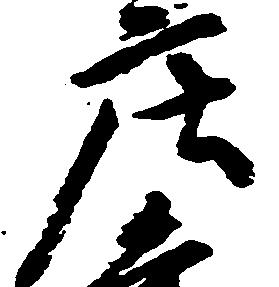
庄